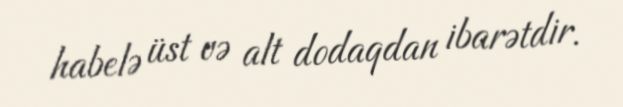
habelə üst və alt dodaqdan ibarətdir.